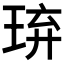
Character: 𤥡